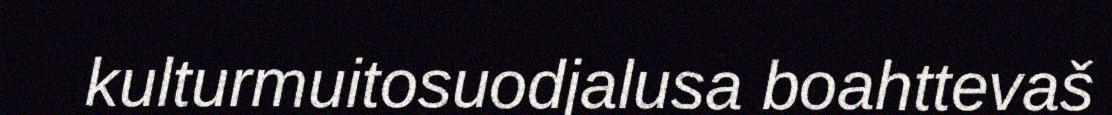
kulturmuitosuodjalusa boahttevaš